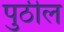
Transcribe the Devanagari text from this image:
पुठील